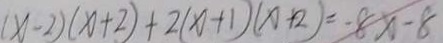
( x - 2 ) ( x + 2 ) + 2 ( x + 1 ) ( x + 2 ) = - 8 x - 8